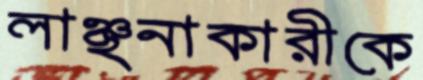
লাঞ্ছনাকারীকে